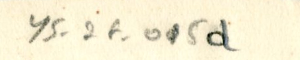
YS_2F_015d